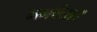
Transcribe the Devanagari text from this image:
भगवंता।